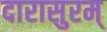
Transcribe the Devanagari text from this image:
दारासुरम्